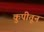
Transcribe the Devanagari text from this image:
कुपीतून